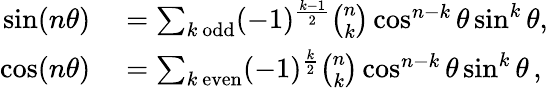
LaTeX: \begin{array}{rl}{\sin(n\theta)}&{{}=\sum_{k{\mathrm{~odd}}}(-1)^{\frac{k-1}{2}}{\binom{n}{k}}\cos^{n-k}\theta\sin^{k}\theta,}\\ {\cos(n\theta)}&{{}=\sum_{k{\mathrm{~even}}}(-1)^{\frac{k}{2}}{\binom{n}{k}}\cos^{n-k}\theta\sin^{k}\theta\, ,}\end{array}